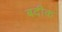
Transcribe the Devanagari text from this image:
बदीक